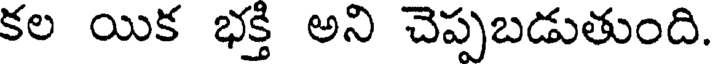
కల యిక భక్తి అని చెప్పబడుతుంది.